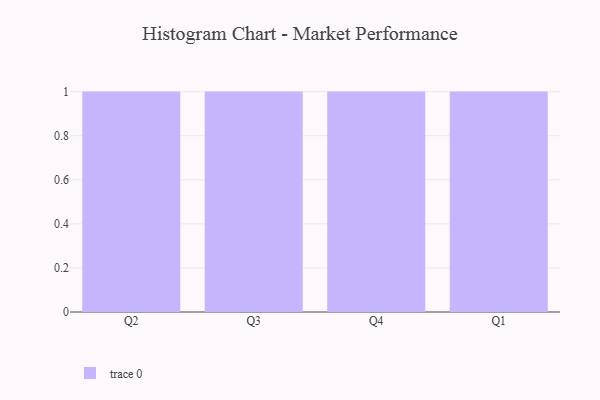
{"axis": {"x": "Quarter", "y": "Shipments"}, "legend": [""], "data": [{"x": "Q2", "y": 2, "type": ""}, {"x": "Q3", "y": 26, "type": ""}, {"x": "Q4", "y": 29, "type": ""}, {"x": "Q1", "y": 27, "type": ""}]}